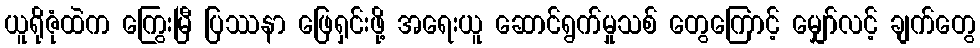
ယူရိုဇုံထဲက ကြွေးမြီ ပြဿနာ ဖြေရှင်းဖို့ အရေးယူ ဆောင်ရွက်မှုသစ် တွေကြောင့် မျှော်လင့် ချက်တွေ